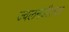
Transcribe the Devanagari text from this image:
ज्‍वलनशीलता